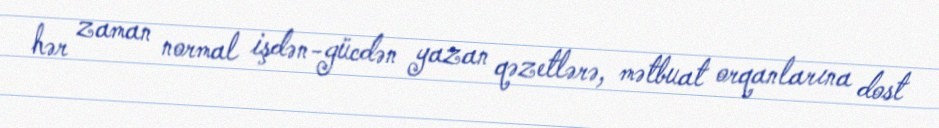
hər zaman normal işdən-gücdən yazan qəzetlərə, mətbuat orqanlarına dost